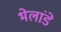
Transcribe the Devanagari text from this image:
भेलांडे